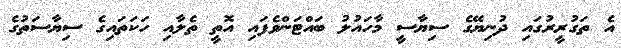
އެ ތަގުރީރުގައި ދުނިޔޭގެ ސިޔާސީ މާހައުލު ބައްޓަންވެފައި އޮތީ ތެލާއި ހަކަތައިގެ ސިޔާސަތުގެ